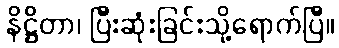
နိဋ္ဌိတာ၊ ပြီးဆုံးခြင်းသို့ရောက်ပြီ။